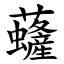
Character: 虄